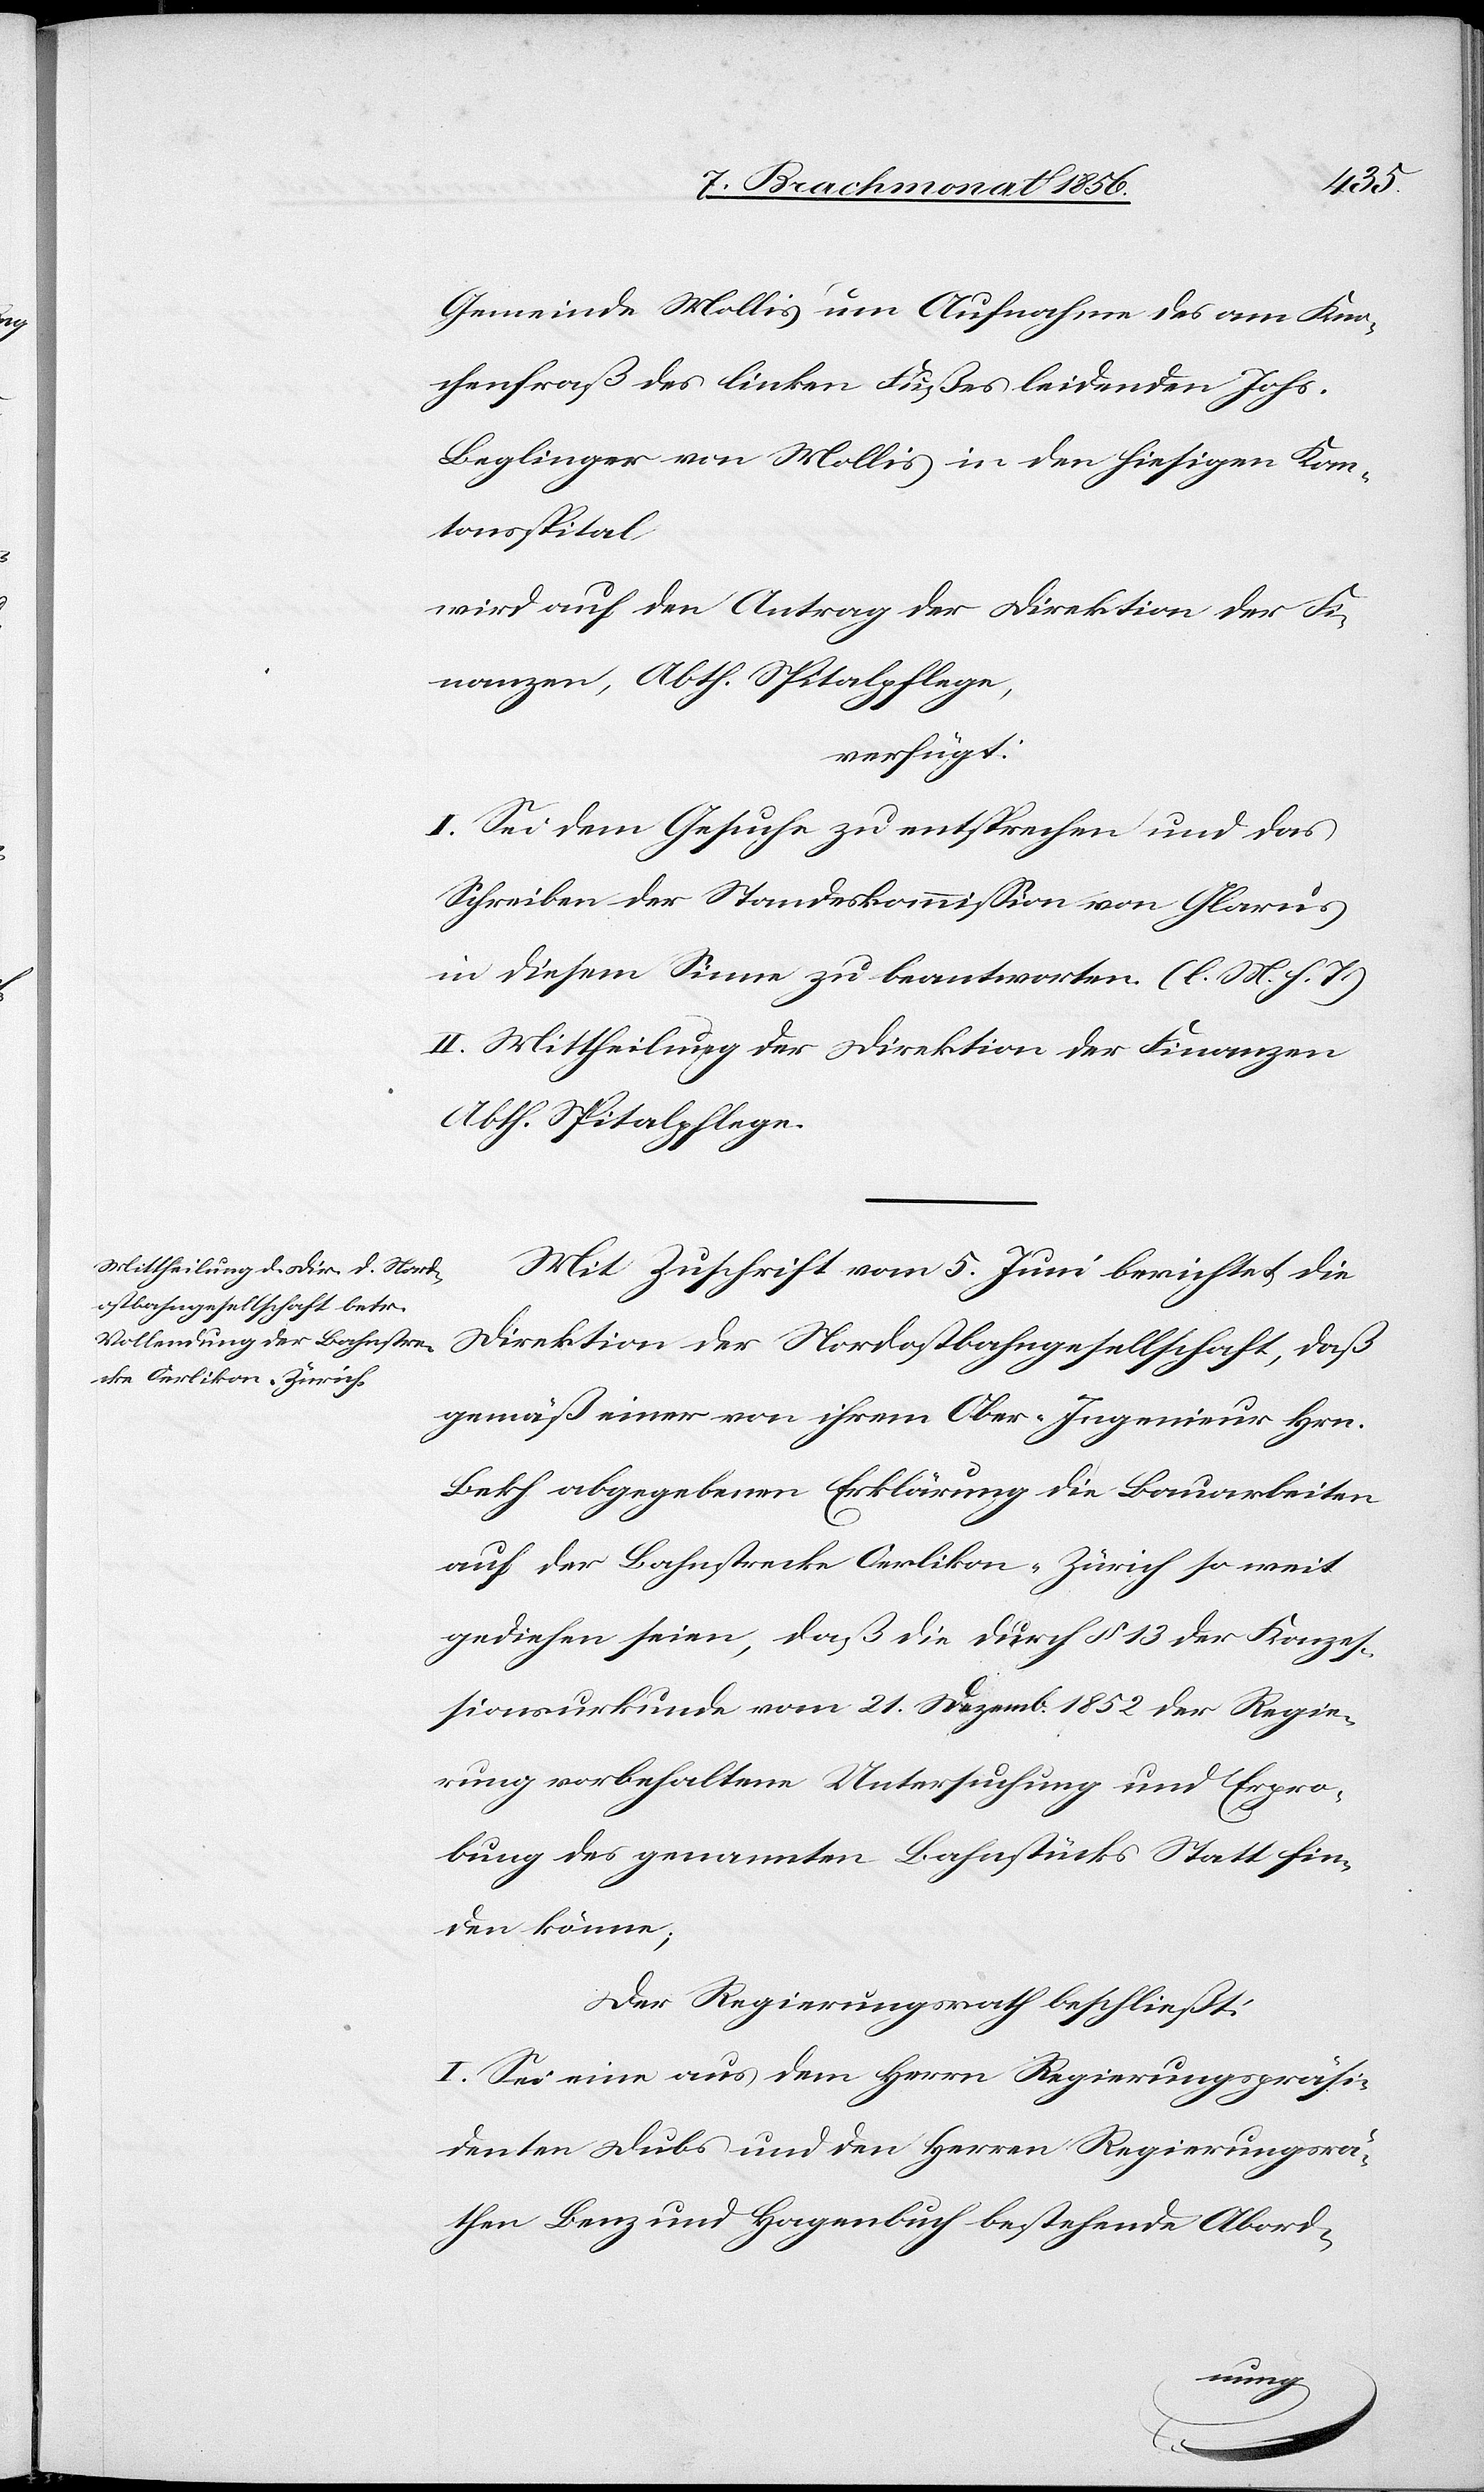
Gemeinde Mollis um Aufnahme des am Kno¬
chenfraß des linken Fußes leidenden Johs.
Beglinger von Mollis in den hiesigen Kan¬
tonsspital
wird auf den Antrag der Direktion der Fi¬
nanzen, Abth. Spitalpflege,
verfügt:
I. Sei dem Gesuche zu entsprechen und das
Schreiben der Standeskommission von Glarus
in diesem Sinne zu beantworten. (l. M. h. T.)
II. Mittheilung der Direktion der Finanzen
Abth. Spitalpflege.
Mit Zuschrift vom 5. Juni berichtet die
Direktion der Nordostbahngesellschaft, daß
gemäß einer von ihrem Ober-Ingenieur Hrn.
Bekh abgegebenen Erklärung die Bauarbeiten
auf der Bahnstrecke Oerlikon-Zürich so weit
gediehen seien, daß die durch § 13 der Konzes¬
sionsurkunde vom 21. Dezemb. 1852 der Regie¬
rung vorbehaltene Untersuchung und Erpro¬
bung des genannten Bahnstücks Statt fin¬
den könne;
Der Regierungsrath beschließt:
I. Sei eine aus dem Herrn Regierungspräsi¬
denten Dubs und den Herren Regierungsrä¬
then Benz und Hagenbuch bestehende Abord-